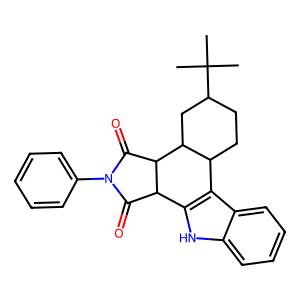
SMILES: CC(C)(C)C1CCC2c3c([nH]c4ccccc34)C3C(=O)N(c4ccccc4)C(=O)C3C2C1
Inhibits HIV replication: No